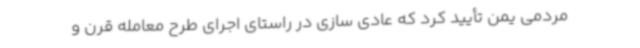
مردمی یمن تأیید کرد که عادی سازی در راستای اجرای طرح معامله قرن و